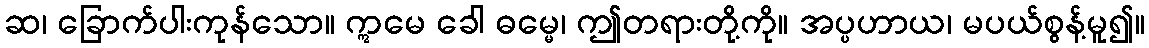
ဆ၊ ခြောက်ပါးကုန်သော။ ဣမေ ခေါ ဓမ္မေ၊ ဤတရားတို့ကို။ အပ္ပဟာယ၊ မပယ်စွန့်မူ၍။